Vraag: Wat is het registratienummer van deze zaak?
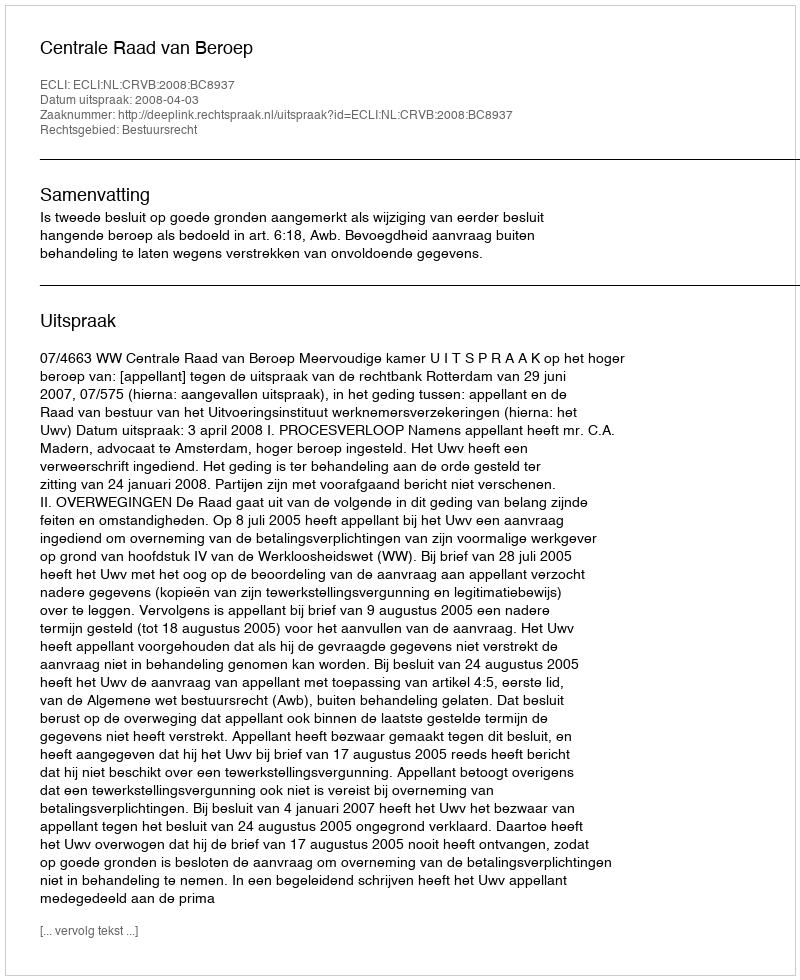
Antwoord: http://deeplink.rechtspraak.nl/uitspraak?id=ECLI:NL:CRVB:2008:BC8937